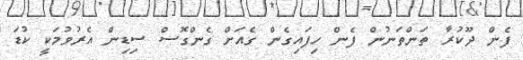
ފެން ދޫކުރާ ތަންތަނުން ފެން ހިފައިގެން ގެއަށް ގެންގޮސް ސިޑިން އެރުވުމަކީ ކުޑަ